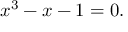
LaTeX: x ^ { 3 } - x - 1 = 0 .